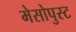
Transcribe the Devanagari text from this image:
मेसोपुस्ट